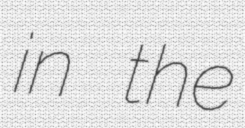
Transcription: in the